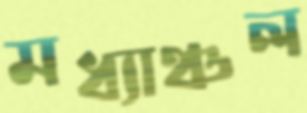
মধ্যাঞ্চল